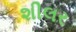
શીલર